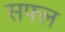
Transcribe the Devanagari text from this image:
सफ्ल